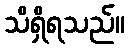
သိရှိရသည်။